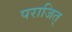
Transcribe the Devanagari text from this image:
पराजित्